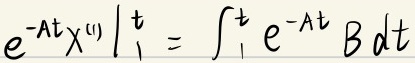
$e^{-At}x^{(1)}\big|_{1}^{t}=\int_{1}^{t}e^{-At}B\mathrm{d}t$